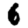
Digit: 6